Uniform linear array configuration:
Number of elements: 32
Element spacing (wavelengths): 0.25
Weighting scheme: binomial
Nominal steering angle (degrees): -30
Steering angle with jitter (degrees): -30.179
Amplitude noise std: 0.05
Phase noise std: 0.05

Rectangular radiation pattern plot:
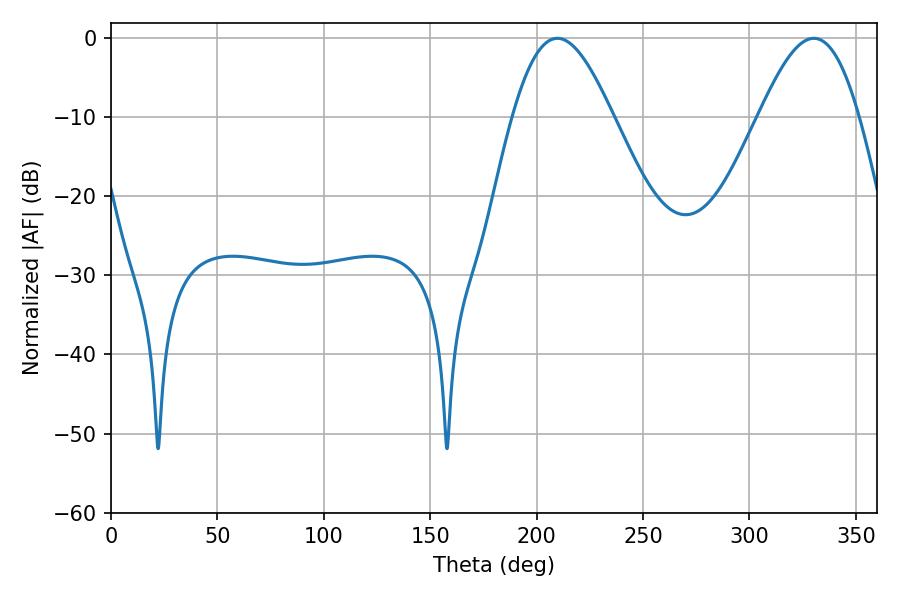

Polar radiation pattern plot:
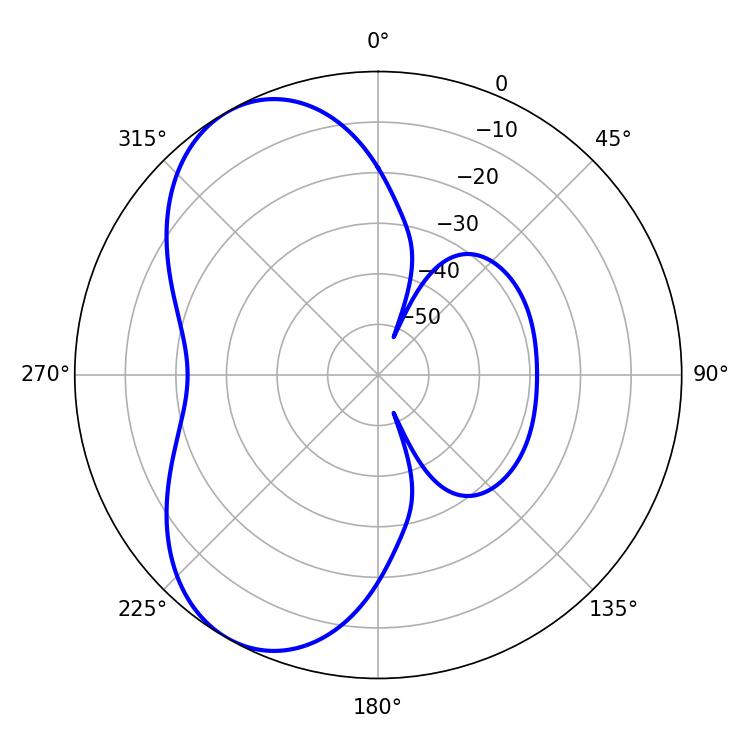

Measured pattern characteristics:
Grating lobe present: FALSE
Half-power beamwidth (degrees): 25.38
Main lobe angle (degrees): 209.7